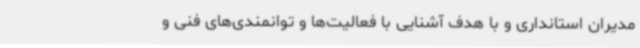
مدیران استانداری و با هدف آشنایی با فعالیت‌ها و توانمندی‌های فنی و